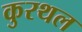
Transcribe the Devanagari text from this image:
कुरथल